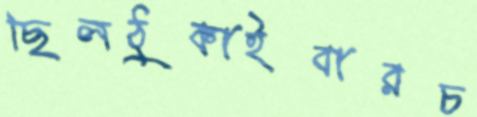
ছিলঠুকাইবারচ